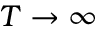
T \to \infty